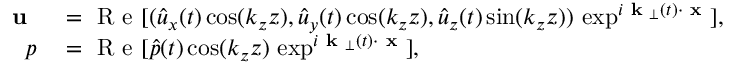
\begin{array} { r l } { \textbf { u } } & { { } = \mathrm { ~ R ~ e ~ } [ ( \hat { u } _ { x } ( t ) \cos ( k _ { z } z ) , \hat { u } _ { y } ( t ) \cos ( k _ { z } z ) , \hat { u } _ { z } ( t ) \sin ( k _ { z } z ) ) \, \exp ^ { i \textbf { k } _ { \perp } ( t ) \cdot \textbf { x } } ] , } \\ { p } & { { } = \mathrm { ~ R ~ e ~ } [ \hat { p } ( t ) \cos ( k _ { z } z ) \, \exp ^ { i \textbf { k } _ { \perp } ( t ) \cdot \textbf { x } } ] , } \end{array}